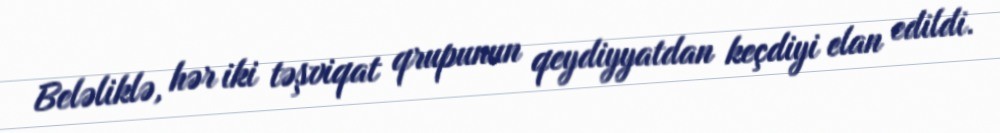
Beləliklə, hər iki təşviqat qrupunun qeydiyyatdan keçdiyi elan edildi.